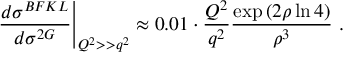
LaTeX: \left. { \frac { d \sigma ^ { B F K L } } { d \sigma ^ { 2 G } } } \right| _ { Q ^ { 2 } > > q ^ { 2 } } \approx 0 . 0 1 \cdot { \frac { Q ^ { 2 } } { q ^ { 2 } } } { \frac { \exp { ( 2 \rho \ln { 4 } ) } } { \rho ^ { 3 } } } \ .